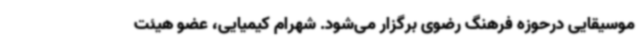
موسیقایی درحوزه فرهنگ رضوی برگزار می‌شود. شهرام کیمیایی، عضو هیئت